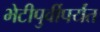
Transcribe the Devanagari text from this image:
भेटीपुर्वीपर्यंत